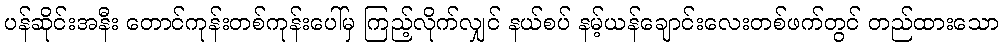
ပန်ဆိုင်းအနီး တောင်ကုန်းတစ်ကုန်းပေါ်မှ ကြည့်လိုက်လျှင် နယ်စပ် နမ့်ယန်ချောင်းလေးတစ်ဖက်တွင် တည်ထားသော